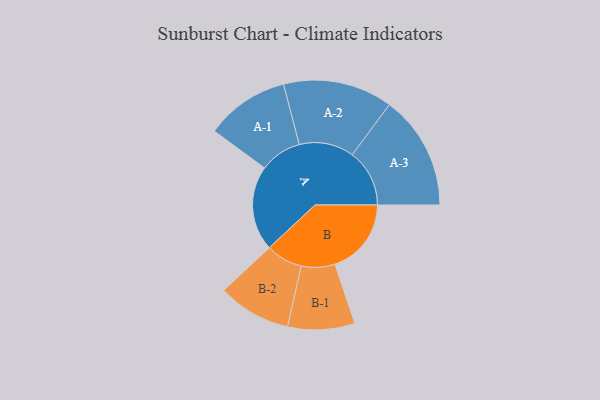
{"axis": {"x": "Segment", "y": "Value"}, "legend": ["", "A", "B"], "data": [{"x": "A", "y": 408, "type": ""}, {"x": "B", "y": 367, "type": ""}, {"x": "A-1", "y": 201, "type": "A"}, {"x": "A-2", "y": 263, "type": "A"}, {"x": "A-3", "y": 275, "type": "A"}, {"x": "B-1", "y": 161, "type": "B"}, {"x": "B-2", "y": 176, "type": "B"}]}